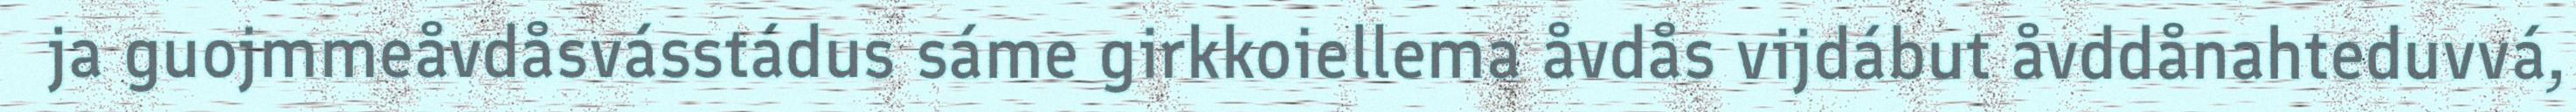
ja guojmmeåvdåsvásstádus sáme girkkoiellema åvdås vijdábut åvddånahteduvvá,